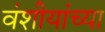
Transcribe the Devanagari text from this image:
वंशीयांच्या